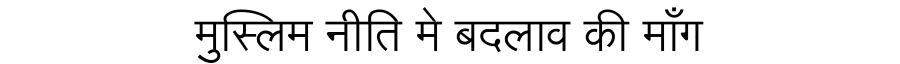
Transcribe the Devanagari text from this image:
मुस्लिम नीति मे बदलाव की माँग